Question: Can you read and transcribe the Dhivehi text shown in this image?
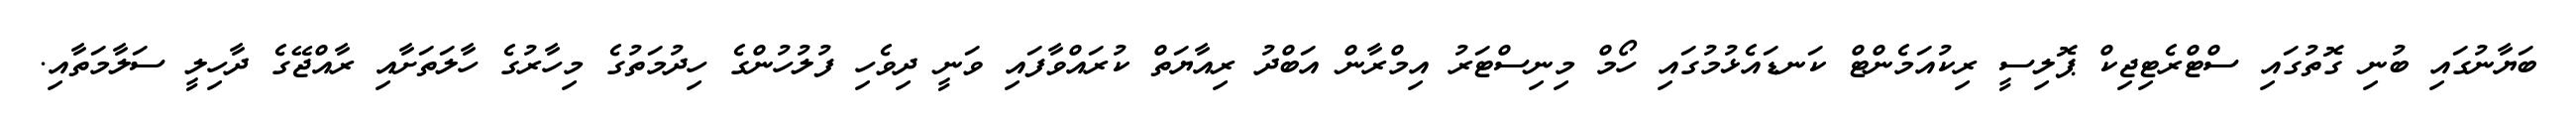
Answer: ބަޔާނުގައި ބުނި ގޮތުގައި ސްޓްރެޓިޖިކް ޕޮލިސީ ރިކުއަމެންޓް ކަނޑައެޅުމުގައި ހޯމް މިނިސްޓަރު އިމްރާން އަބްދު ރިއާޔަތް ކުރައްވާފައި ވަނީ ދިވެހި ފުލުހުންގެ ހިދުމަތުގެ މިހާރުގެ ހާލަތަށާއި ރާއްޖޭގެ ދާހިލީ ސަލާމަތާއި.